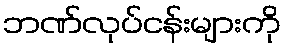
ဘဏ်လုပ်ငန်းများကို